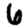
Digit: 6